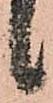
ヽ